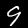
Digit: 9